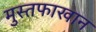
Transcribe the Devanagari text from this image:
मुस्तफाखान